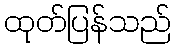
ထုတ်ပြန်သည်